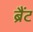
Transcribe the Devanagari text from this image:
ब्रैंट